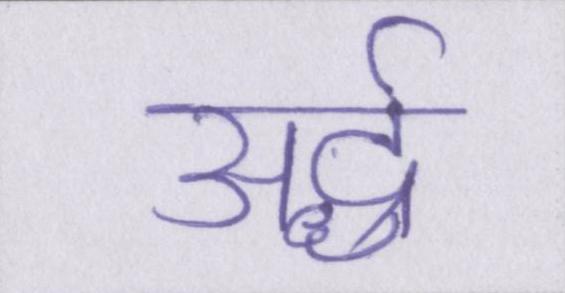
अर्द्ध